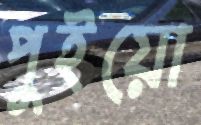
পুইয়ো